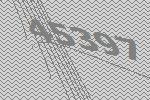
45397